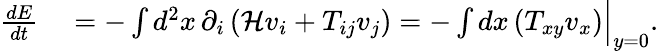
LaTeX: \begin{array}{rl}{\frac{dE}{dt}}&{{}=-\int d^{2}x\, \partial_{i}\left(\mathcal{H}v_{i}+T_{ij}v_{j}\right)=-\int dx\left(T_{xy}v_{x}\right)\Big|_{y=0}.}\end{array}